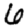
Digit: 6